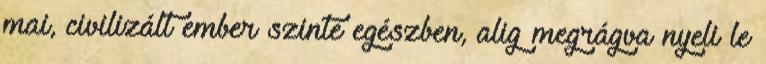
mai, civilizált ember szinte egészben, alig megrágva nyeli le